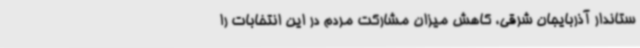
ستاندار آذربایجان شرقی، کاهش میزان مشارکت مردم در این انتخابات را